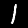
Digit: 1